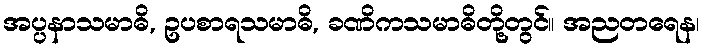
အပ္ပနာသမာဓိ, ဥပစာရသမာဓိ, ခဏိကသမာဓိတို့တွင်။ အညတရေန၊